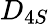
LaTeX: D_{4S}